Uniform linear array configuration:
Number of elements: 4
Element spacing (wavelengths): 0.75
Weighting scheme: kaiser
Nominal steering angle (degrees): -30
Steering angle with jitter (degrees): -28.677
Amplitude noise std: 0.05
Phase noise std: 0.05

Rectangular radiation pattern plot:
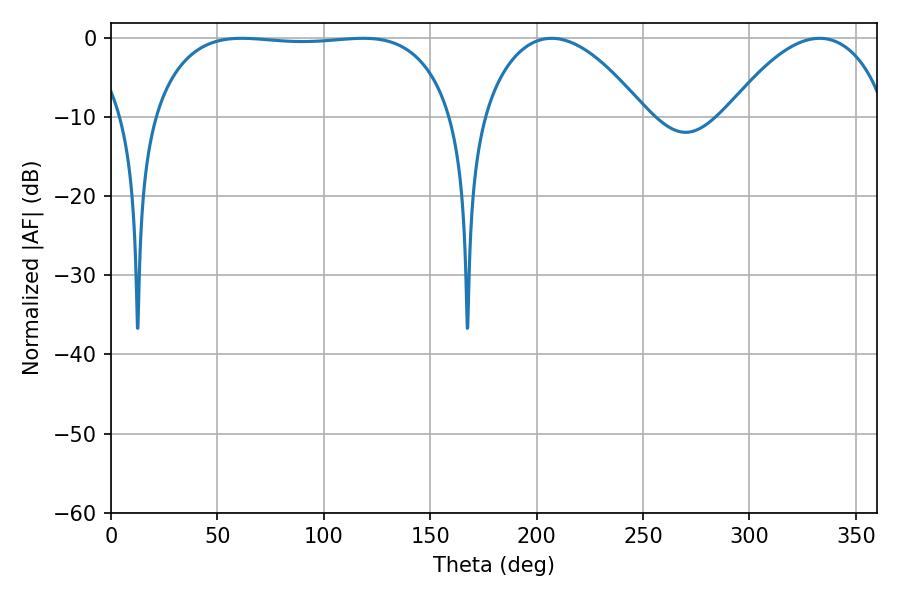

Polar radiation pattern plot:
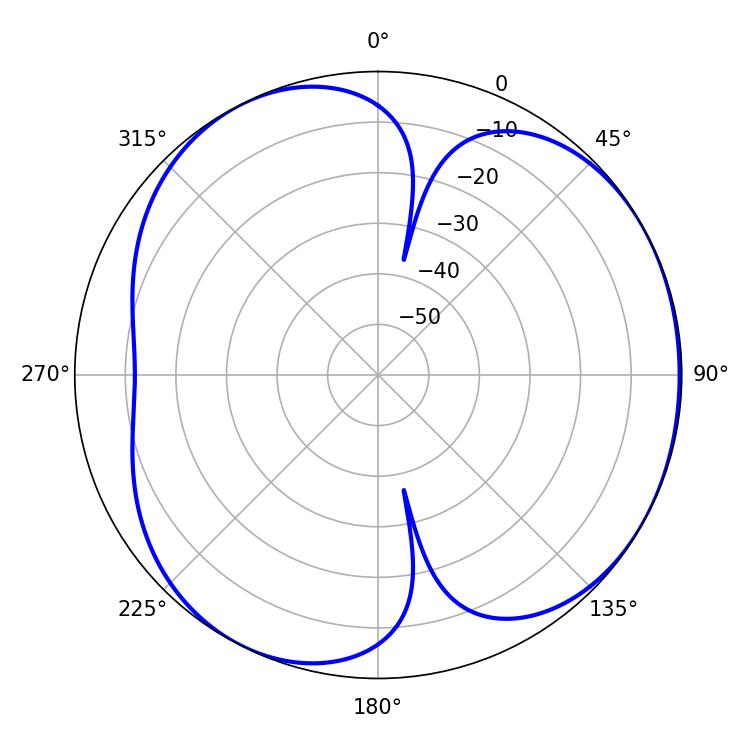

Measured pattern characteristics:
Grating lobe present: TRUE
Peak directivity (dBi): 4.161
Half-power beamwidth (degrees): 111.24
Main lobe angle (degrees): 61.38